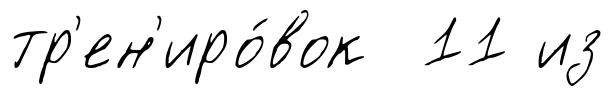
тр'ен'иро́вок 11 из